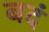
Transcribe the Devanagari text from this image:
बदं